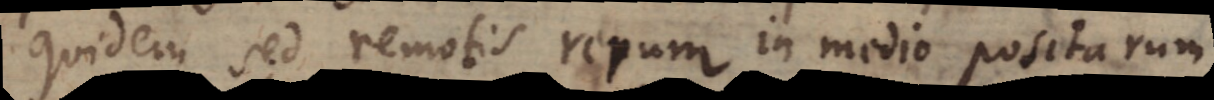
quidem sed remotis rerum in medio positarum